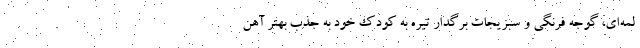
لمه‌ای، گوجه فرنگی و سبزیجات برگدار تیره به کودک خود به جذب بهتر آهن